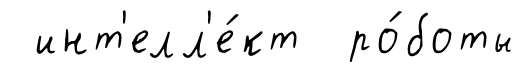
инт'елл'е́кт ро́боты